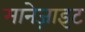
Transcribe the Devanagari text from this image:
मानेज़ाइट